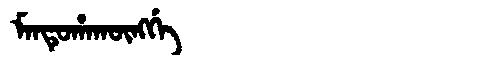
Manchu: ᠮᠠᠨᡨᡠᡥᠠᡴᡡᠩᡤᡝ
Romanization: MANTUHAKŪNGGE